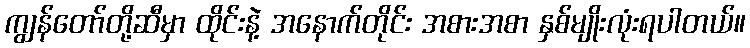
ကျွန်တော်တို့ဆီမှာ ထိုင်းနဲ့ အနောက်တိုင်း အစားအစာ နှစ်မျိုးလုံးရပါတယ်။